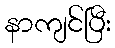
နာကျင်ပြီး